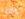
وهيا